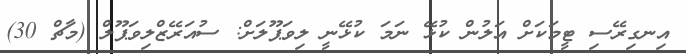
އިނގިރޭސި ޓީމަކަށް އަލުން ކުޅޭ ނަމަ ކުޅޭނީ ލިވަޕޫލަށް: ސުއަރޭޒްލިވަޕޫލް (މާޗް 30)